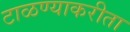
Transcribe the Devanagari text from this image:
टाळण्याकरीता